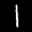
Label: 1